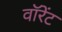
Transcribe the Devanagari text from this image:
वॉरेंट